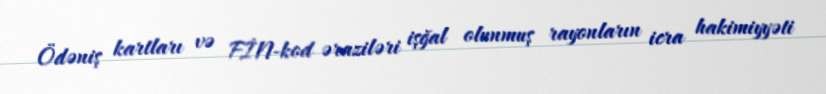
Ödəniş kartları və FİN-kod əraziləri işğal olunmuş rayonların icra hakimiyyəti